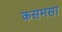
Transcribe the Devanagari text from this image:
कसमसा